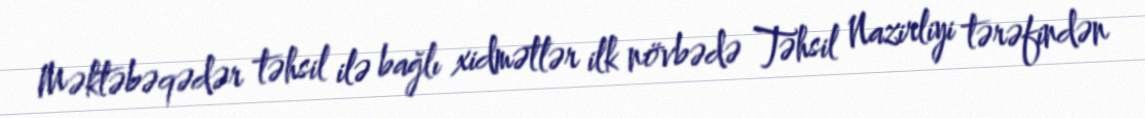
Məktəbəqədər təhsil ilə bağlı xidmətlər ilk növbədə Təhsil Nazirliyi tərəfindən